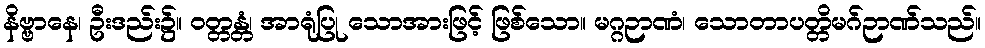
နိဗ္ဗာနေ၊ ဦးဒည်း၌။ ဝတ္တန္တံ၊ အာရုံပြု သောအားဖြင့် ဖြစ်သော။ မဂ္ဂဉာဏံ၊ သောတာပတ္တိမဂ်ဉာဏ်သည်။